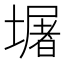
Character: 𭏴